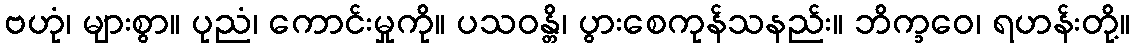
ဗဟုံ၊ များစွာ။ ပုညံ၊ ကောင်းမှုကို။ ပသဝန္တိ၊ ပွားစေကုန်သနည်း။ ဘိက္ခဝေ၊ ရဟန်းတို့။